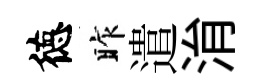
徳昨遣㳙